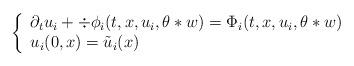
LaTeX: \begin{align*} \left\{ \begin{array}{l} \partial_t u_i + \div \phi_i (t,x,u_i, \theta * w) = \Phi_i (t, x, u_i, \theta*w) \\ u_i (0,x) = \tilde u_i (x) \end{array} \right.\end{align*}